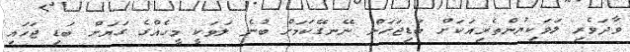
ވާދަވެރި ލަވަކިޔުންތެރިއަކަށް ބަޑިޖަހަން ނޭނގޭކަމަށް ބުނެ ލަވަކީ މީހެއްގެ ގަޔަށް ބަޑި ޖަހައި